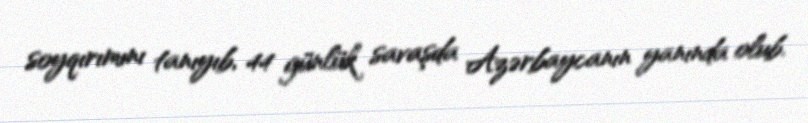
soyqırımını tanıyıb, 44 günlük savaşda Azərbaycanın yanında olub.